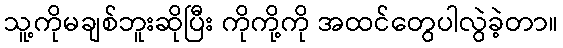
သူ့ကိုမချစ်ဘူးဆိုပြီး ကိုကို့ကို အထင်တွေပါလွဲခဲ့တာ။